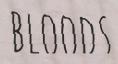
BLOODS